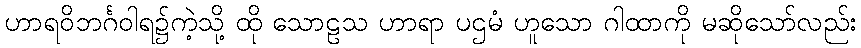
ဟာရဝိဘင်္ဂဝါရ၌ကဲ့သို့ ထို သောဠသ ဟာရာ ပဌမံ ဟူသော ဂါထာကို မဆိုသော်လည်း